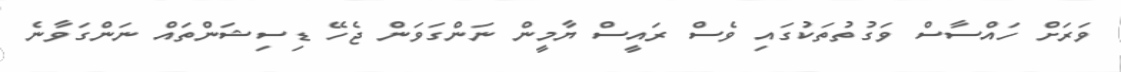
ވަރަށް ހައްސާސް ވަގުތުތަކުގައި ވެސް ރައީސް ޔާމީން ނަންގަވަން ޖެހޭ ޑިސިޝަންތައް ނަންގަވާނެ